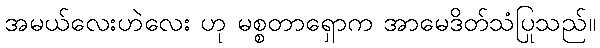
အမယ်လေးဟဲလေး ဟု မစ္စတာရှောက အာမေဒိတ်သံပြုသည်။